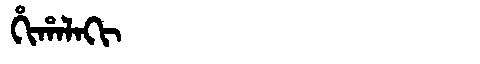
Manchu: ᡥᡳᡥᠠᠯᠠᡴᡳ
Romanization: HIHALAKI